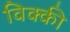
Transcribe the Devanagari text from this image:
विक्‍की